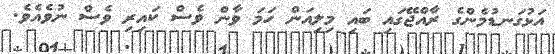
އަޅުގަނޑުމެންގެ ރާއްޖޭގައި ބައި މިލިއަން ހަމަ ވާން ވެސް ކައިރި ވެސް ނުވެއެވެ.